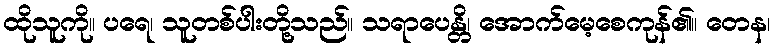
ထိုသူကို။ ပရေ၊ သူတစ်ပါးတို့သည်။ သရာပေန္တိ၊ အောက်မေ့စေကုန်၏။ တေန၊